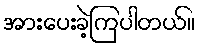
အားပေးခဲ့ကြပါတယ်။